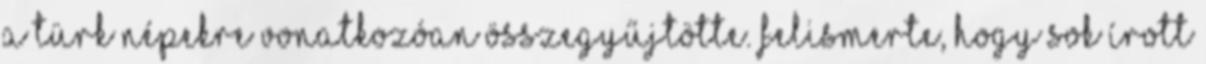
a türk népekre vonatkozóan összegyűjtötte. Felismerte, hogy sok írott